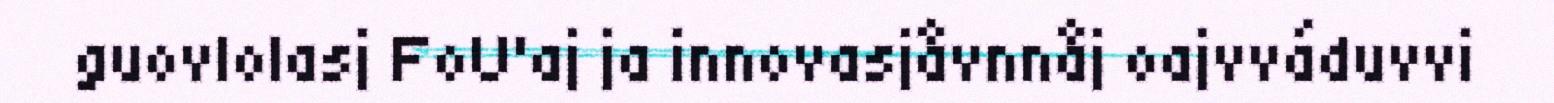
guovlolasj FoU'aj ja innovasjåvnnåj oajvváduvvi